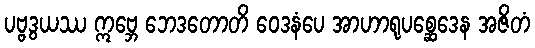
ပဗ္ဗဒွယဿ ဣဗ္ဘေ ဘေဒတောတိ ဝေဒနံပေ အာဟာရုပစ္ဆေဒေန အဇိတံ